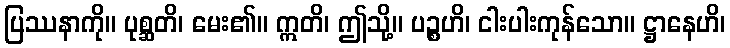
ပြဿနာကို။ ပုစ္ဆတိ၊ မေး၏။ ဣတိ၊ ဤသို့။ ပဉ္စဟိ၊ ငါးပါးကုန်သော။ ဋ္ဌာနေဟိ၊